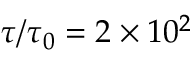
\tau / \tau _ { 0 } = 2 \times 1 0 ^ { 2 }